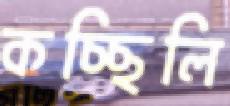
কচ্ছিলি